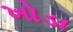
ખોડા